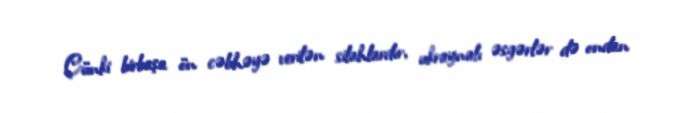
Çünki birbaşa ön cəbhəyə verilən silahlardır, ukraynalı əsgərlər də ondan